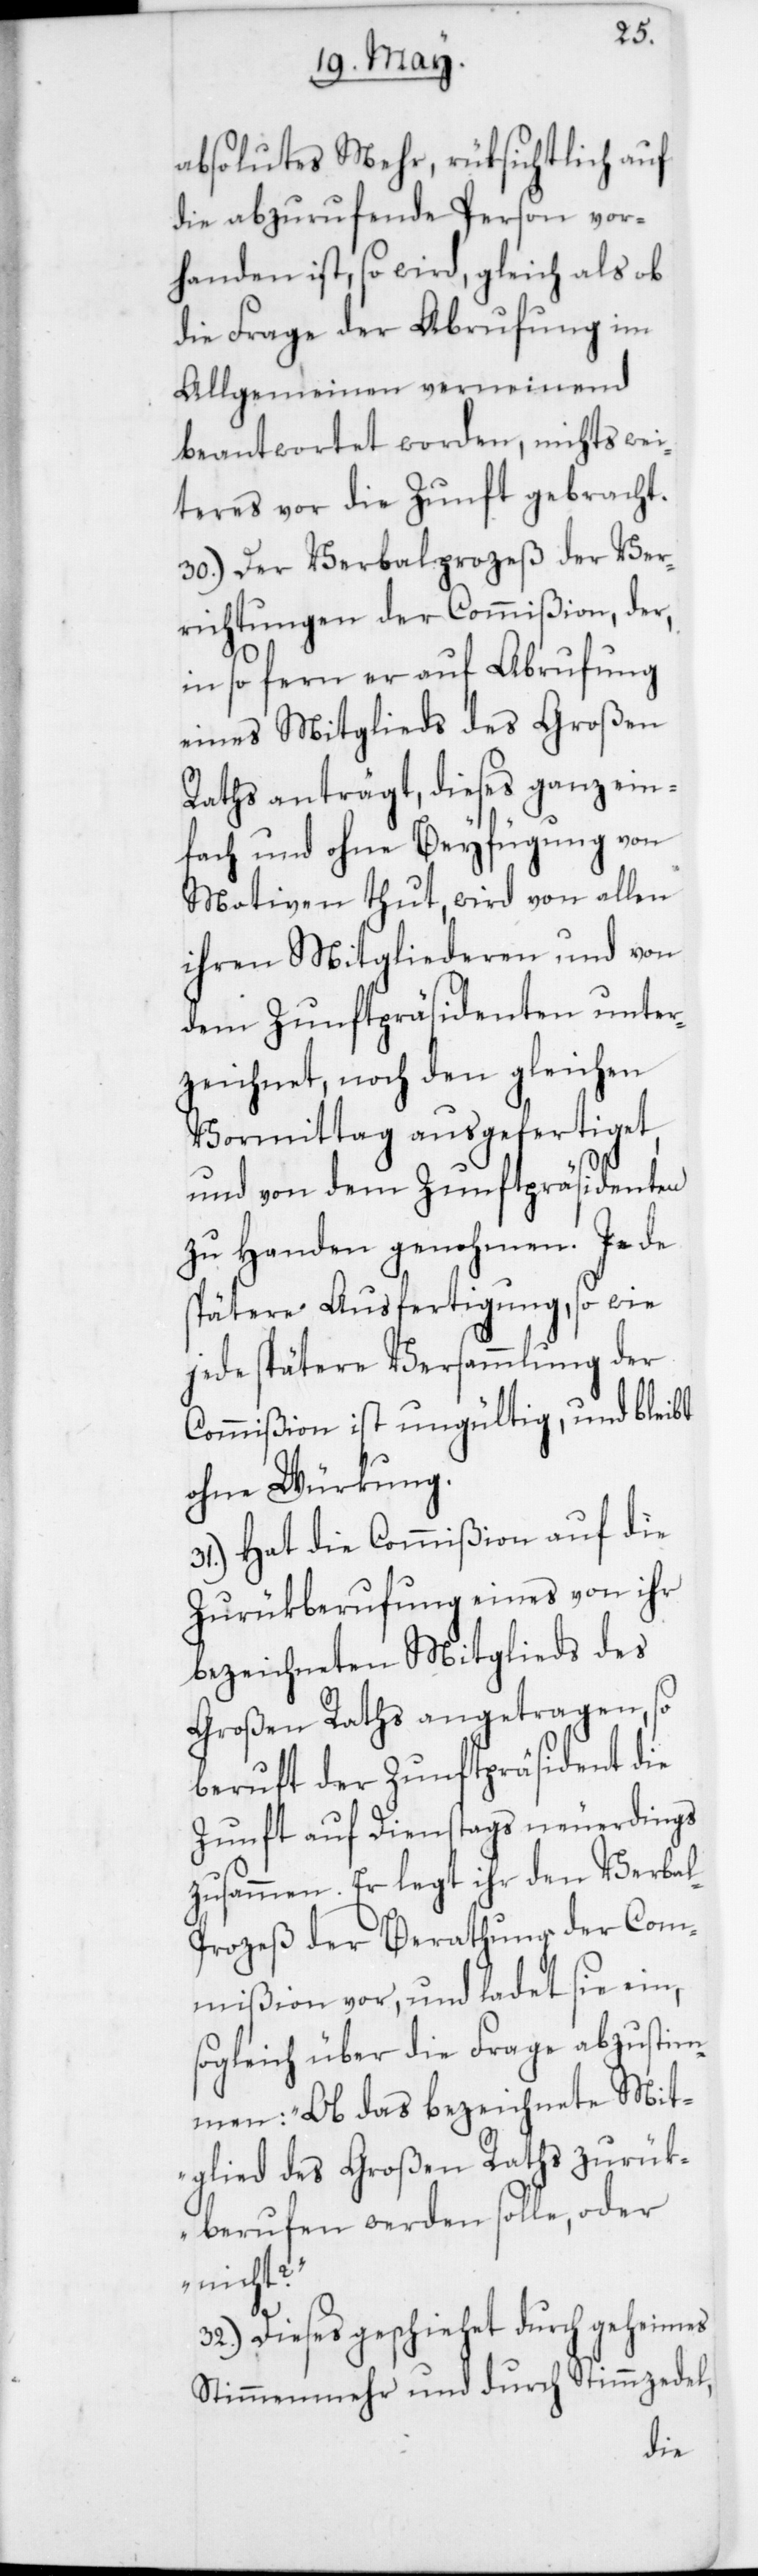
absolutes Mehr, rüksichtlich auf
die abzurufende Person vor¬
handen ist, so wird, gleich als ob
die Frage der Abrufung im
Allgemeinen verneinend
beantwortet worden, nichts wei¬
teres vor die Zunft gebracht.
30. Der Verbalprozeß der Ver¬
richtungen der Commißion, der
in so fern er auf Abrufung
eines Mitglieds des Großen
Raths anträgt, dieses ganz ein¬
fach und ohne Beyfügung von
Motiven thut, wird von allen
ihren Mitgliederen und von
dem Zunftpräsidenten unter¬
zeichnet, noch den gleichen
Vormittag ausgefertiget,
und von dem Zunftpräsidenten
zu Handen genohmen. Jede
spätere Ausfertigung, sowie
jede spätere Versammlung der
Commißion ist ungültig und bleibt
ohne Würkung.
31. Hat die Commißion auf die
Zurükberufung eines von ihr
bezeichneten Mitglieds des
Großen Raths angetragen, so
beruft der Zunftpräsident die
Zunft auf Dienstags neuerdings
zusammen. Er legt ihr den Verba¬
l-Prozeß der Berathung der Com¬
mißion vor und ladet sie ein,
sogleich über die Frage abzustim¬
men: „Ob das bezeichnete Mit¬
glied des Großen Raths zurük¬
berufen werden solle oder
nicht?“
32. Dieses geschiehet durch geheimes
Stimmenmehr und durch Stimmzedel,